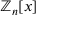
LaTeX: \mathbb { Z } _ { n } [ x ]